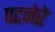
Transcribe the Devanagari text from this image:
पटनेरे